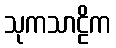
သုကသာဠိက